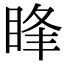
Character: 䀱